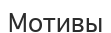
Мотивы